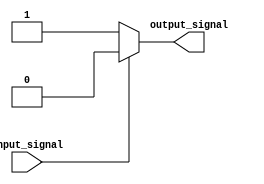
module open_drain_inverter (
    input wire input_signal,
    output reg output_signal
);

reg active_signal;

// NMOS open-drain transistor inverter
always @ (input_signal)
begin
    if (input_signal == 1'b0)
        active_signal <= 1'b1;
    else
        active_signal <= 1'b0;
end

// Pull-down to ground when transistor is active
assign output_signal = active_signal;

// Pull-up resistor
// Add pull-up resistor value here

endmodule